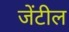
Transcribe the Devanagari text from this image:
जेंटील